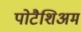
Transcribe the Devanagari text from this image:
पोटैशिअम